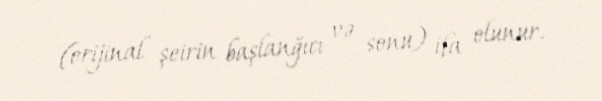
(orijinal şeirin başlanğıcı və sonu) ifa olunur.